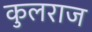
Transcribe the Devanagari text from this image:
कुलराज